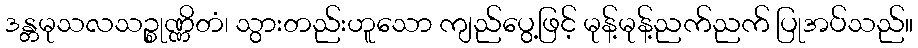
ဒန္တမုသလသဉ္စုဏ္ဏိတံ၊ သွားတည်းဟူသော ကျည်ပွေ့ဖြင့် မုန့်မုန့်ညက်ညက် ပြုအပ်သည်။